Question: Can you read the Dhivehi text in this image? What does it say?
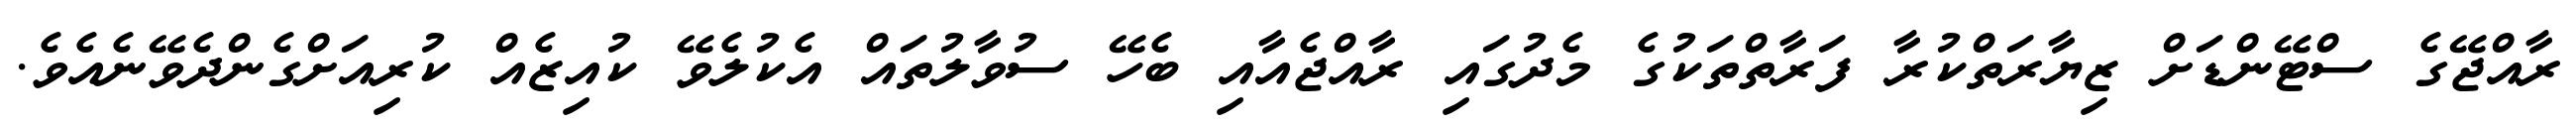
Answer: ރާއްޖޭގެ ސްޓޭންޑަށް ޒިޔާރަތްކުރާ ފަރާތްތަކުގެ މެދުގައި ރާއްޖެއާއި ބެހޭ ސުވާލުތައް އެކުލެވޭ ކުއިޒެއް ކުރިއަށްގެންދެވޭނެއެވެ.